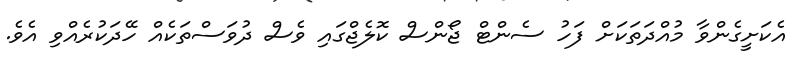
އެކަށީގެންވާ މުއްދަތަކަށް ފަހު ސެންޓް ޖޯންސް ކޮލެޖްގައި ވެސް ދުވަސްތަކެއް ހޭދަކުރެއްވި އެވެ.